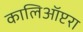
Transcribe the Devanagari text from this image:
कालिऑप्टरा